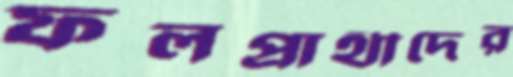
ফলপ্রার্থীদের